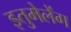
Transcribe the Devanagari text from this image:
इतुमेलेंग